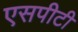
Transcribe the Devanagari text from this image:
एसपीटी